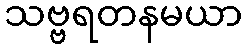
သဗ္ဗရတနမယာ